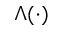
\Lambda ( \cdot )